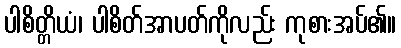
ပါစိတ္တိယံ၊ ပါစိတ်အာပတ်ကိုလည်း ကုစားအပ်၏။